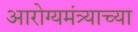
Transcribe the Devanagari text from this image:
आरोग्यमंत्र्याच्या